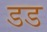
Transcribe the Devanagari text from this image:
डड